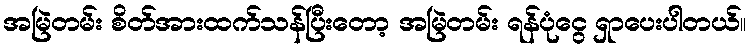
အမြဲတမ်း စိတ်အားထက်သန်ပြီးတော့ အမြဲတမ်း ရန်ပုံငွေ ရှာပေးပါတယ်။